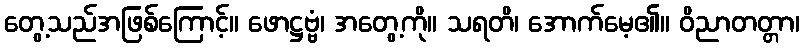
တွေ့သည်အဖြစ်ကြောင့်။ ဖောဋ္ဌဗ္ဗံ၊ အတွေ့ကို။ သရတိ၊ အောက်မေ့၏။ ဝိညာတတ္တာ၊